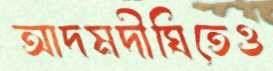
আদমদীঘিতেও